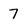
Character: 7